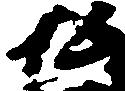
返